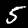
Digit: 5